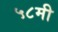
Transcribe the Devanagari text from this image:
५८मी